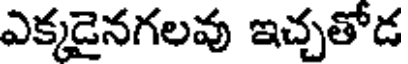
ఎక్కడైనగలవు ఇచ్చతోడ